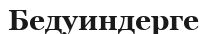
Бедуиндерге